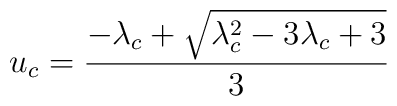
u_c=\frac{-\lambda_c+\sqrt{\lambda_c^2-3\lambda_c+3}}{3}